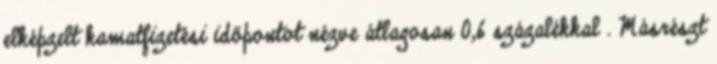
elképzelt kamatfizetési időpontot nézve átlagosan 0,6 százalékkal . Másrészt